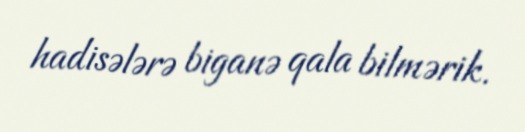
hadisələrə biganə qala bilmərik.